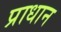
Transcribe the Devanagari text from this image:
प्राधान